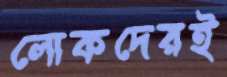
লোকদেরই